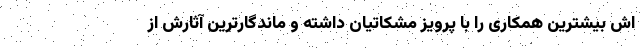
اش بیشترین همکاری را با پرویز مشکاتیان داشته و ماندگارترین آثارش از